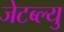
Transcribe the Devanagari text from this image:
जेटब्ल्यु